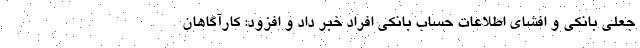
جعلی بانکی و افشای اطلاعات حساب بانکی افراد خبر داد و افزود: کارآگاهان